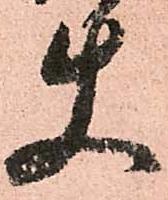
使